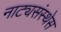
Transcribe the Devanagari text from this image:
नाट्यसंस्थेस